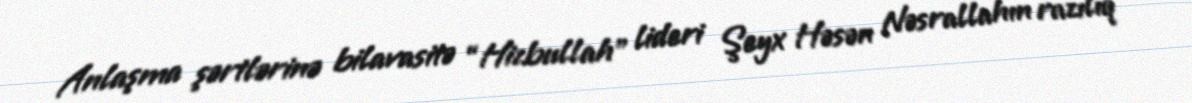
Anlaşma şərtlərinə bilavasitə “Hizbullah” lideri Şeyx Həsən Nəsrallahın razılıq